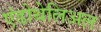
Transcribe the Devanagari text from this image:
एंडोथेलिअल